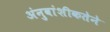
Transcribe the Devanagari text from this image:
अंनुवांशीकतेने